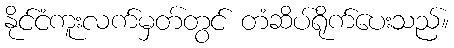
နိုင်ငံကူးလက်မှတ်တွင် တံဆိပ်ရိုက်ပေးသည်။